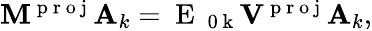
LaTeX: \begin{array}{r}{\mathbf{M^{\mathrm{~p~r~o~j~}}}\mathbf{A}_{k}=\mathrm{~E~}_{\mathrm{~0~k~}}\mathbf{V^{\mathrm{~p~r~o~j~}}}\mathbf{A}_{k},}\end{array}